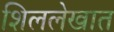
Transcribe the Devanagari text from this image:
शिललेखात